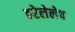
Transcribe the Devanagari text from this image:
ठरेलेलेच